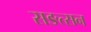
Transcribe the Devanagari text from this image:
सङत्सन